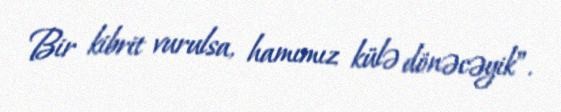
Bir kibrit vurulsa, hamımız külə dönəcəyik”.